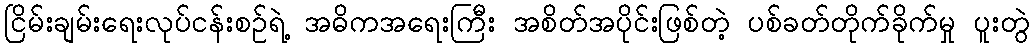
ငြိမ်းချမ်းရေးလုပ်ငန်းစဉ်ရဲ့ အဓိကအရေးကြီး အစိတ်အပိုင်းဖြစ်တဲ့ ပစ်ခတ်တိုက်ခိုက်မှု ပူးတွဲ